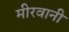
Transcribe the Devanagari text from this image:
मीरवानी